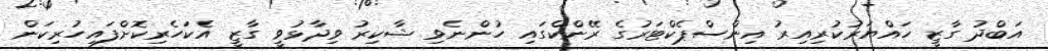
އަބްދު ގާޒީ ހައްޔަރުކުރިއިރު އިންސްޕެކްޓަރުގެ ރޭންކްގައި ހުންނެވި ޝާކިރު ވިދާޅުވީ ގާޒީ އެކަހެރިކޮށްފައިހުރިކަން